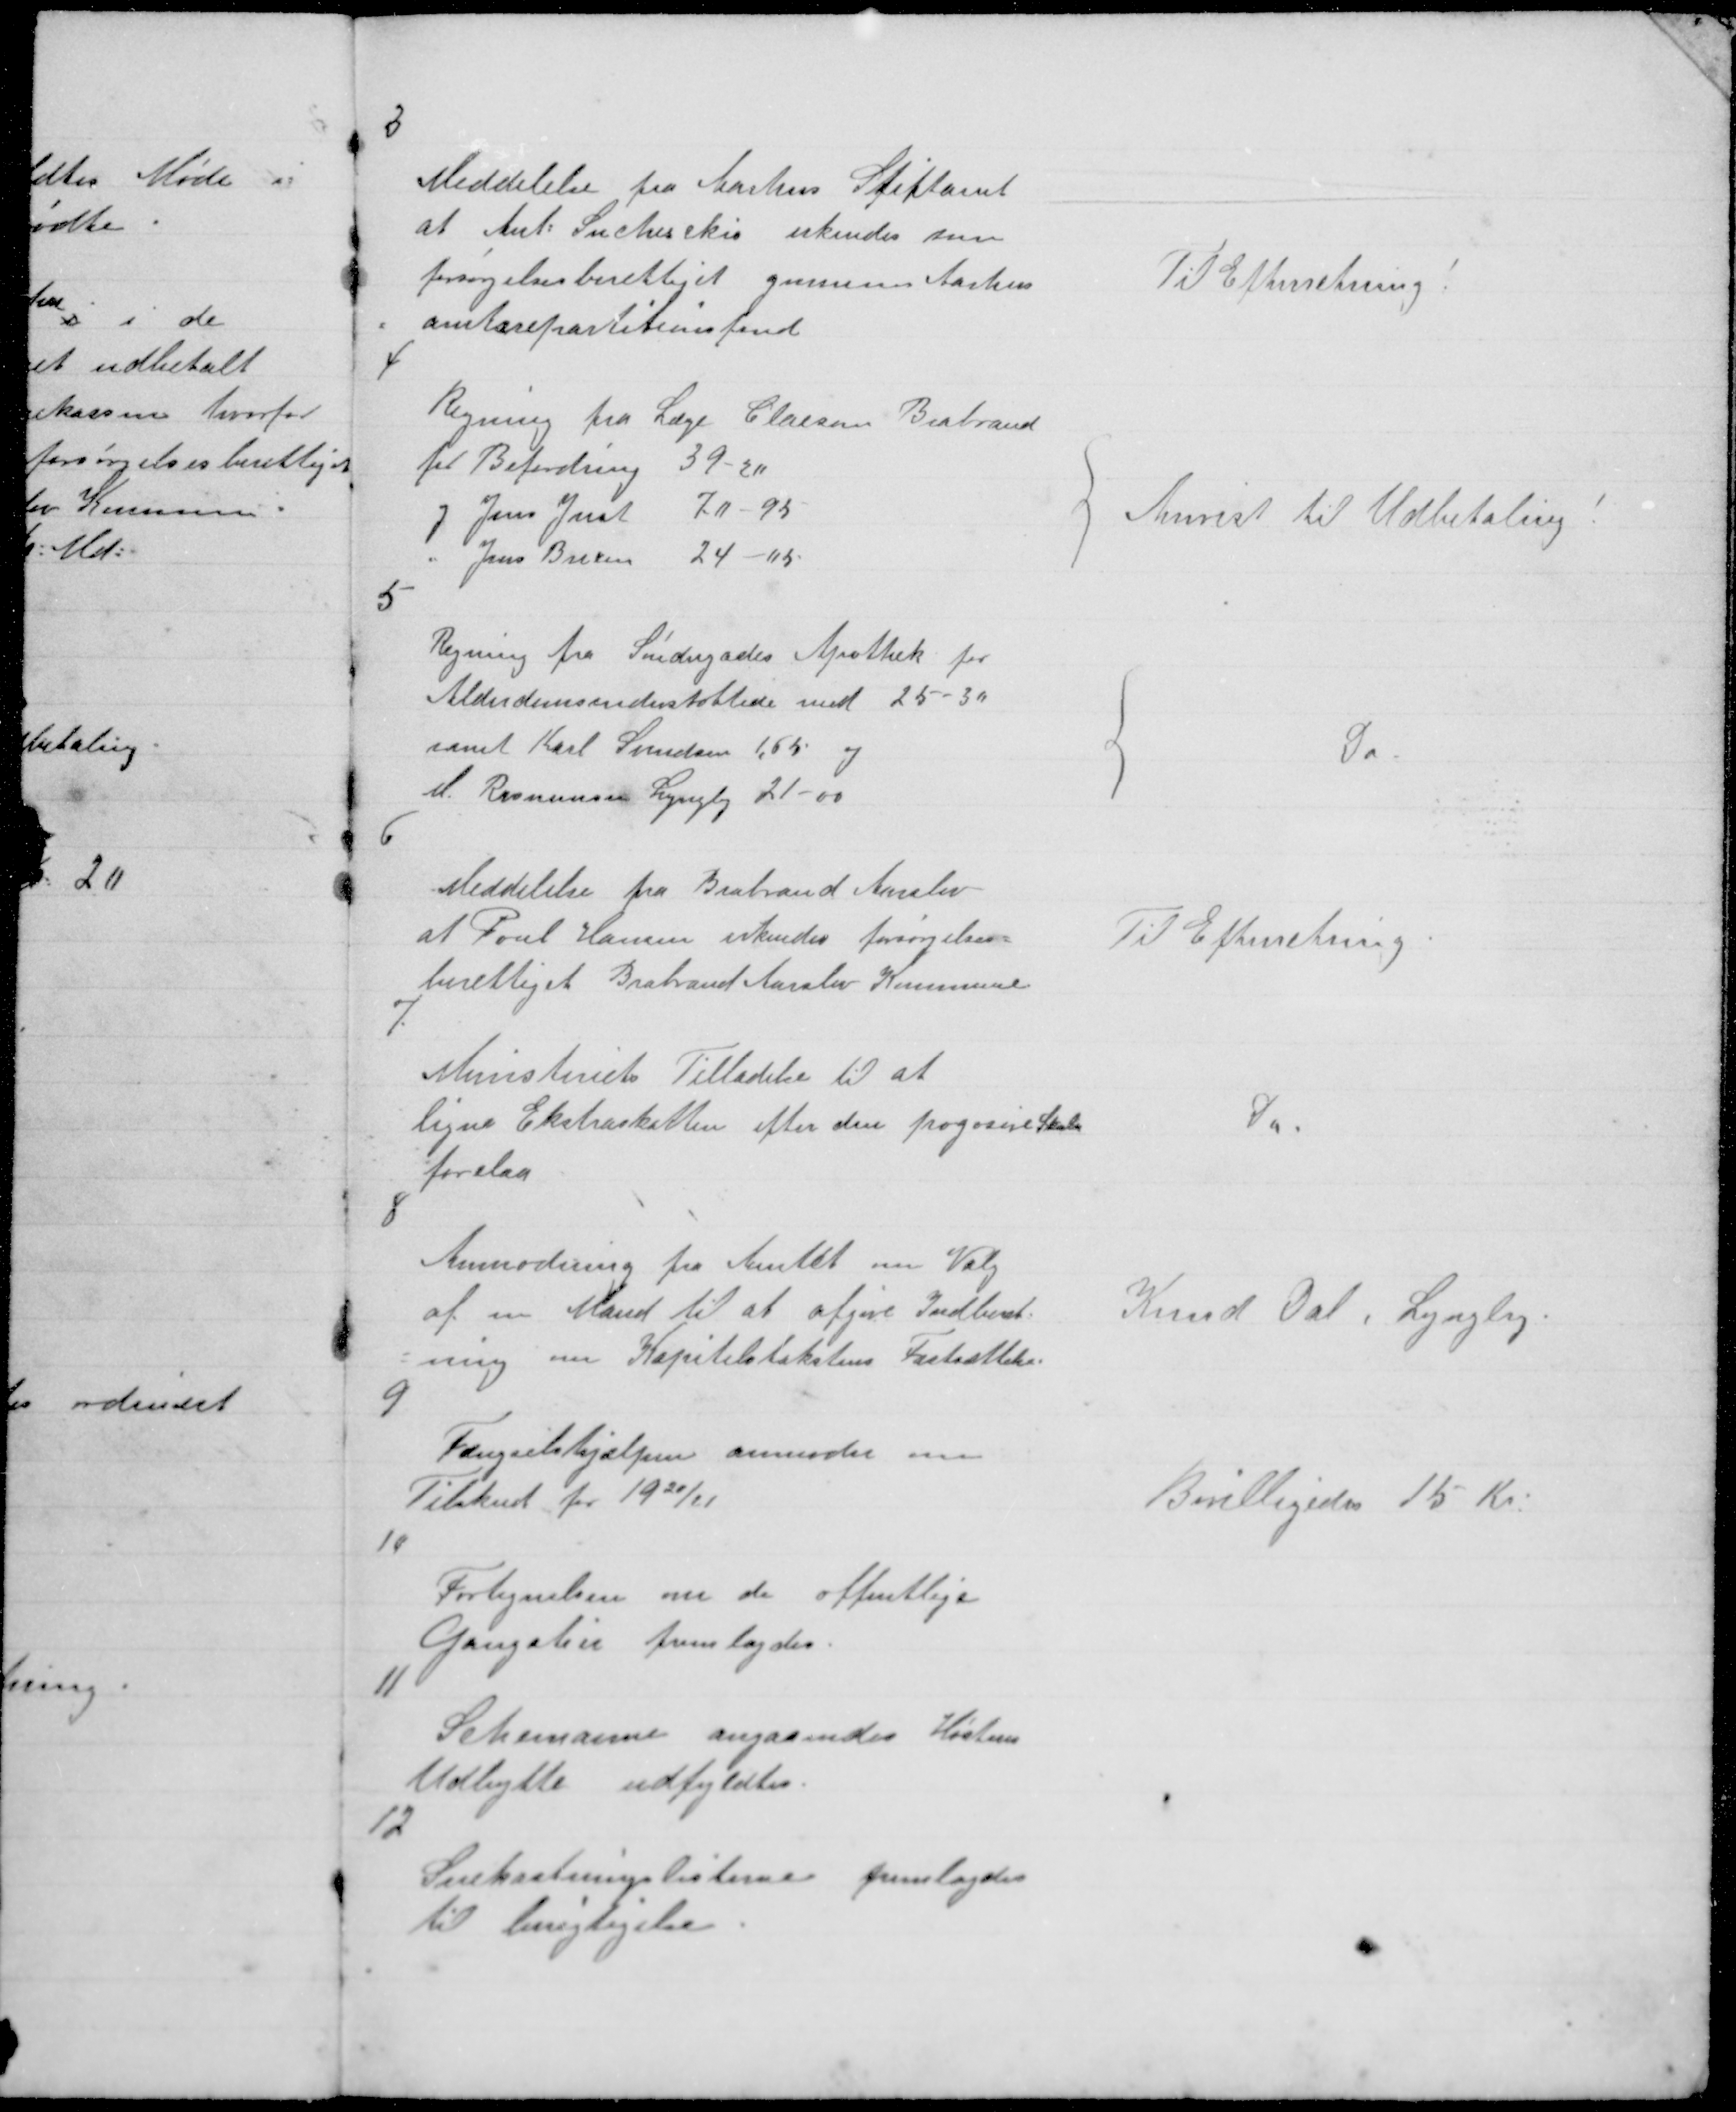
Transskription:
3

Meddelelse fra Aarhus Stiftamt
at Ant. Suchesckis erkendes som
forsørgelsesberettiget gennem Aarhus

Til Efterretning !

4

Regning fra Læge Claesen Brabrand
for Befordring 39 -20
og Jens Just 70 - 95
" Jens Brixen 24 - 05

Anvist til Udbetaling !

5

Regning fra Søndergades Apothek for
Alderdomsunderstøttede med 25 - 30
samt Karl Svendsen 1,65 og
M. Rasmusen Lyngby 21 - 00

Do

6

Meddelelse fra Brabrand Aarslev
at Poul Hansen erkendes forsørgelses=
berettiget Brabrand Aarslev Kommune

Til Efterretning

7.

Ministeriets Tilladelse til at
ligne Ekstraskatten efter den progosive Skala
forelaa

Do.

8

Anmodning fra Amtet om Valg
af en Mand til at afgive Indberet=
= ning om Kapitelstakstens Fastsættelse.

Knud Dal, Lyngby.

9

Fængselshjælpen anmoder om
Tilskud for 1920/21

Bevilligedes 15 Kr.

10

Fortegnelsen om de offentlige
Gangstier fremlagdes.

11

Schemaerne angaaendes Høstens
Udbytte udfyldtes.

12

Snekastningslisterne fremlagdes
til berigtigelse.